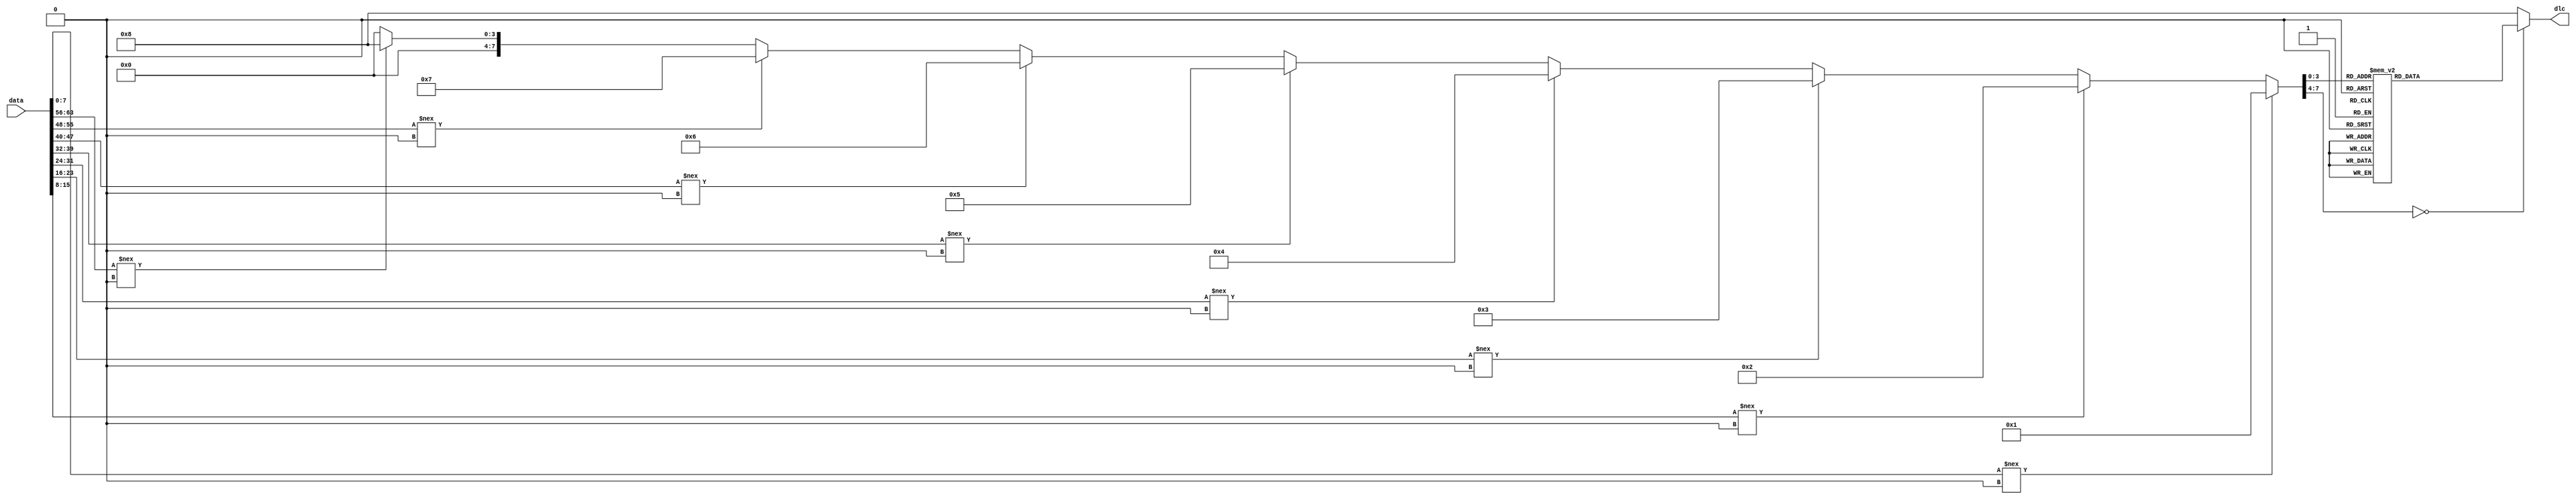
`timescale 1ns / 1ps
//////////////////////////////////////////////////////////////////////////////////
// Company: KLE Technological University
// 
// Design Name: Data Length Code
// Module Name: dlc
// Project Name: CAN_datalength
// Target Devices: AMD Artirx-7
// Tool Versions: AMD Vivaldo ML Edition
// Description: 
// 
// Dependencies: 
// 
// Revision: 1.02
// Revision 0.01 - File Created
// Additional Comments:
// 
//////////////////////////////////////////////////////////////////////////////////


module dlc (
    input [63:0] data,   
    output reg [3:0] dlc 
);

reg [7:0] non_zero_count; 
integer i;

always @* begin
    // Initialize non_zero_count
    non_zero_count = 0;
    
    
    // Loop through each byte of the 64-bit data from MSB to LSB
    for (i = 7; i >= 0; i = i - 1) begin
        if (data[(i*8) +: 8] !== 8'h00) begin
            non_zero_count = i + 1; 
        end
    end
    
    case (non_zero_count)
        0: dlc = 4'b0000; 
        1: dlc = 4'b0001; 
        2: dlc = 4'b0010; 
        3: dlc = 4'b0011; 
        4: dlc = 4'b0100; 
        5: dlc = 4'b0101; 
        6: dlc = 4'b0110; 
        7: dlc = 4'b0111; 
        8: dlc = 4'b1000; 
        default: dlc = 4'b1000; 
    endcase
end

endmodule